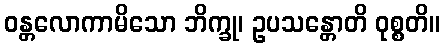
ဝန္တလောကာမိသော ဘိက္ခု၊ ဥပသန္တောတိ ဝုစ္စတိ။